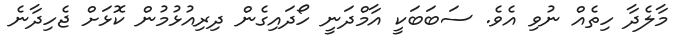
މާލެދާ ހިތެއް ނުވި އެވެ. ސަބަބަކީ އާމްދަނީ ހޯދައިގެން ދިރިއުޅުމުން ކޮޅަށް ޖެހިދާނެ